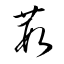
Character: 葮